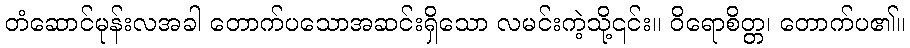
တံဆောင်မုန်းလအခါ တောက်ပသောအဆင်းရှိသော လမင်းကဲ့သို့၎င်း။ ဝိရောစိတ္တ၊ တောက်ပ၏။